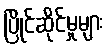
ပြိုင်ဆိုင်မှုများ